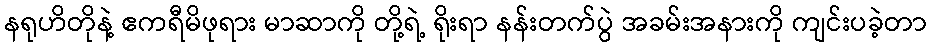
နရုဟိတိုနဲ့ ဧကရီမိဖုရား မာဆာကို တို့ရဲ့ ရိုးရာ နန်းတက်ပွဲ အခမ်းအနားကို ကျင်းပခဲ့တာ